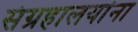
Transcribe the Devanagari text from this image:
संग्रहालयांना